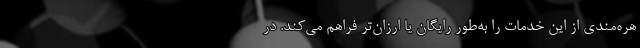
هره‌مندی از این خدمات را به‌طور رایگان یا ارزان‌تر فراهم می‌کند. در